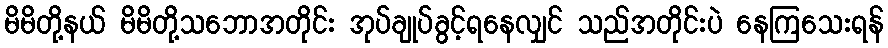
မိမိတို့နယ် မိမိတို့သဘောအတိုင်း အုပ်ချုပ်ခွင့်ရနေလျှင် သည်အတိုင်းပဲ နေကြသေးရန်